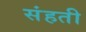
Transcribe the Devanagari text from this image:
संहती